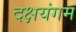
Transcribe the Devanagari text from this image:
दक्षयंगम